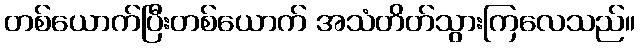
တစ်ယောက်ပြီးတစ်ယောက် အသံတိတ်သွားကြလေသည်။